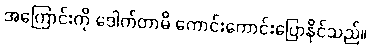
အကြောင်းကို ဒေါက်တာမိ ကောင်းကောင်းပြောနိုင်သည်။